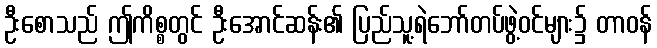
ဦးစောသည် ဤကိစ္စတွင် ဦးအောင်ဆန်း၏ ပြည်သူ့ရဲဘော်တပ်ဖွဲ့ဝင်များ၌ တာဝန်